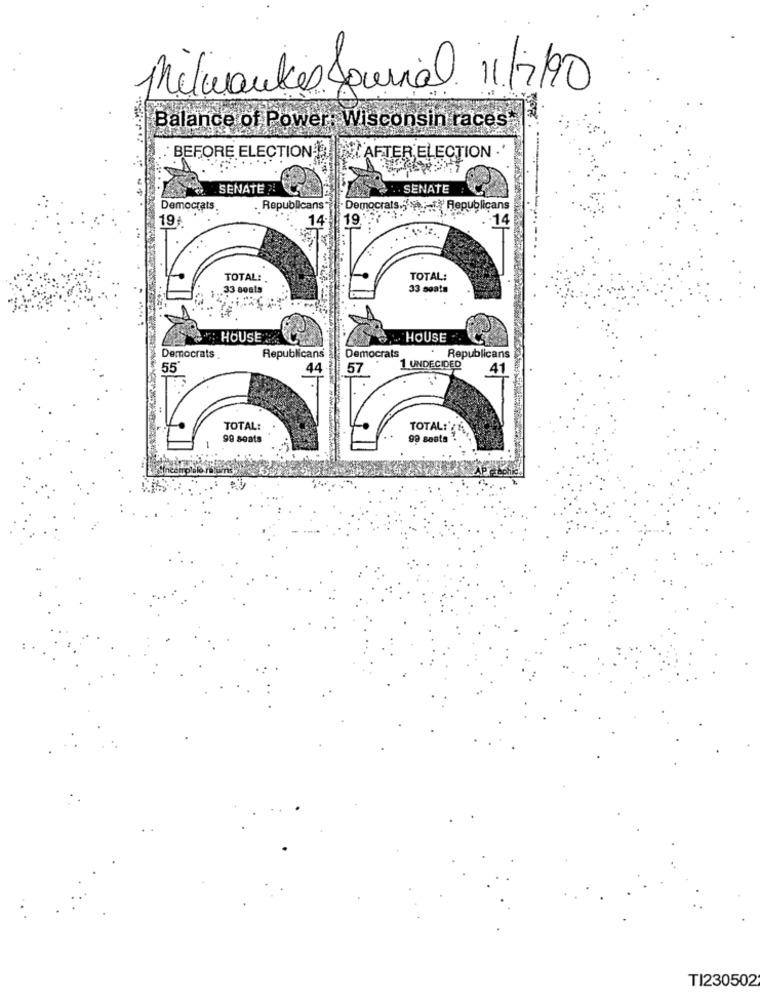
Milwaukes Journal 11/7/90
Balance of Power: Wisconsin races.
BEFORE ELECTION 10
AFTER ELECTION .'
SENATEN
. . SENATE
Democrats
Republicans"
Democrats .
# Republicans
19
14
19.
-14
TOTAL:
TOTAL:
.33 seats
33 seats
: HOUSE
HOUSE ..
Democrats
Republicans
Democrats
Republicans
55
44
57
1 UNDECIDED
41
TOTAL:
TOTAL:'
99 seats
99 Boots
TI230502